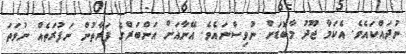
ނުދައްކައެވެ. އެކަމާ ޖޫދު މާބޮޑަށް ނުވިސްނައެވެ. އޭނާއަށް އަންބަރްގެ ފަރާތުން ނަފުރަތެއް ނުވަތަ